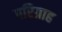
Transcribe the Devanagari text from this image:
परिग्राह